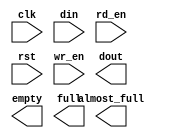
module syncfifo_1024x72(
	clk,
	din,
	rd_en,
	rst,
	wr_en,
	almost_full,
	dout,
	empty,
	full);


input clk;
input [71 : 0] din;
input rd_en;
input rst;
input wr_en;
output almost_full;
output [71 : 0] dout;
output empty;
output full;

// synthesis translate_off

      FIFO_GENERATOR_V3_3 #(
		.C_COMMON_CLOCK(1),
		.C_COUNT_TYPE(0),
		.C_DATA_COUNT_WIDTH(10),
		.C_DEFAULT_VALUE("BlankString"),
		.C_DIN_WIDTH(72),
		.C_DOUT_RST_VAL("0"),
		.C_DOUT_WIDTH(72),
		.C_ENABLE_RLOCS(0),
		.C_FAMILY("virtex2p"),
		.C_HAS_ALMOST_EMPTY(0),
		.C_HAS_ALMOST_FULL(1),
		.C_HAS_BACKUP(0),
		.C_HAS_DATA_COUNT(0),
		.C_HAS_MEMINIT_FILE(0),
		.C_HAS_OVERFLOW(0),
		.C_HAS_RD_DATA_COUNT(0),
		.C_HAS_RD_RST(0),
		.C_HAS_RST(1),
		.C_HAS_SRST(0),
		.C_HAS_UNDERFLOW(0),
		.C_HAS_VALID(0),
		.C_HAS_WR_ACK(0),
		.C_HAS_WR_DATA_COUNT(0),
		.C_HAS_WR_RST(0),
		.C_IMPLEMENTATION_TYPE(0),
		.C_INIT_WR_PNTR_VAL(0),
		.C_MEMORY_TYPE(1),
		.C_MIF_FILE_NAME("BlankString"),
		.C_OPTIMIZATION_MODE(0),
		.C_OVERFLOW_LOW(0),
		.C_PRELOAD_LATENCY(1),
		.C_PRELOAD_REGS(0),
		.C_PRIM_FIFO_TYPE("1kx36"),
		.C_PROG_EMPTY_THRESH_ASSERT_VAL(2),
		.C_PROG_EMPTY_THRESH_NEGATE_VAL(3),
		.C_PROG_EMPTY_TYPE(0),
		.C_PROG_FULL_THRESH_ASSERT_VAL(1022),
		.C_PROG_FULL_THRESH_NEGATE_VAL(1021),
		.C_PROG_FULL_TYPE(0),
		.C_RD_DATA_COUNT_WIDTH(10),
		.C_RD_DEPTH(1024),
		.C_RD_FREQ(100),
		.C_RD_PNTR_WIDTH(10),
		.C_UNDERFLOW_LOW(0),
		.C_USE_ECC(0),
		.C_USE_FIFO16_FLAGS(0),
		.C_VALID_LOW(0),
		.C_WR_ACK_LOW(0),
		.C_WR_DATA_COUNT_WIDTH(10),
		.C_WR_DEPTH(1024),
		.C_WR_FREQ(100),
		.C_WR_PNTR_WIDTH(10),
		.C_WR_RESPONSE_LATENCY(1))
	inst (
		.CLK(clk),
		.DIN(din),
		.RD_EN(rd_en),
		.RST(rst),
		.WR_EN(wr_en),
		.ALMOST_FULL(almost_full),
		.DOUT(dout),
		.EMPTY(empty),
		.FULL(full),
		.BACKUP(),
		.BACKUP_MARKER(),
		.PROG_EMPTY_THRESH(),
		.PROG_EMPTY_THRESH_ASSERT(),
		.PROG_EMPTY_THRESH_NEGATE(),
		.PROG_FULL_THRESH(),
		.PROG_FULL_THRESH_ASSERT(),
		.PROG_FULL_THRESH_NEGATE(),
		.RD_CLK(),
		.RD_RST(),
		.SRST(),
		.WR_CLK(),
		.WR_RST(),
		.ALMOST_EMPTY(),
		.DATA_COUNT(),
		.OVERFLOW(),
		.PROG_EMPTY(),
		.PROG_FULL(),
		.VALID(),
		.RD_DATA_COUNT(),
		.UNDERFLOW(),
		.WR_ACK(),
		.WR_DATA_COUNT(),
		.SBITERR(),
		.DBITERR());


// synthesis translate_on

// XST black box declaration
// box_type "black_box"
// synthesis attribute box_type of syncfifo_1024x72 is "black_box"

endmodule